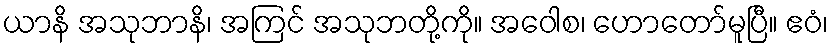
ယာနိ အသုဘာနိ၊ အကြင် အသုဘတို့ကို။ အဝေါစ၊ ဟောတော်မူပြီ။ ဧဝံ၊